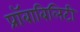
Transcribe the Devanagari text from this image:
प्रॉबाबिलिटी